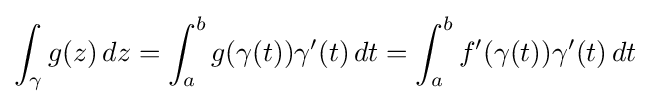
\int _{\gamma }g(z)\,dz=\int _{a}^{b}g(\gamma (t))\gamma '(t)\,dt=\int _{a}^{b}f'(\gamma (t))\gamma '(t)\,dt